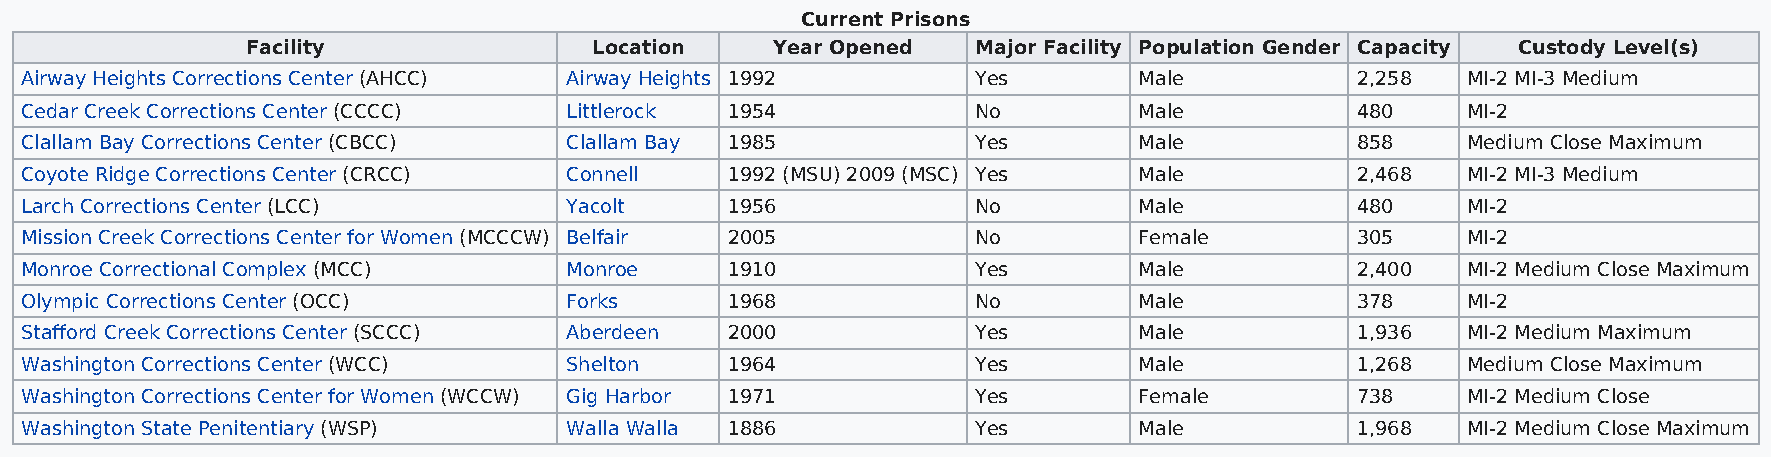
Current Prisons
 Facility               Location    Year Opened   Major Facility Population Gender Capacity Custody Level(s)
 Airway Heights Corrections Center (AHCC) Airway Heights 1992    Yes       Male           2,258  MI-2 MI-3 Medium
 Cedar Creek Corrections Center (CCCC) Littlerock 1954           No        Male           480    MI-2
 Clallam Bay Corrections Center (CBCC) Clallam Bay 1985          Yes       Male           858    Medium Close Maximum
 Coyote Ridge Corrections Center (CRCC) Connell 1992 (MSU) 2009 (MSC) Yes  Male           2,468  MI-2 MI-3 Medium
 Larch Corrections Center (LCC)      Yacolt     1956             No        Male           480    MI-2
 Mission Creek Corrections Center for Women (MCCCW) Belfair 2005 No        Female         305    MI-2
 Monroe Correctional Complex (MCC)   Monroe     1910             Yes       Male           2,400  MI-2 Medium Close Maximum
 Olympic Corrections Center (OCC)    Forks      1968             No        Male           378    MI-2
 Stafford Creek Corrections Center (SCCC) Aberdeen 2000          Yes       Male           1,936  MI-2 Medium Maximum
 Washington Corrections Center (WCC) Shelton    1964             Yes       Male           1,268  Medium Close Maximum
 Washington Corrections Center for Women (WCCW) Gig Harbor 1971  Yes       Female         738    MI-2 Medium Close
 Washington State Penitentiary (WSP) Walla Walla 1886            Yes       Male           1,968  MI-2 Medium Close Maximum